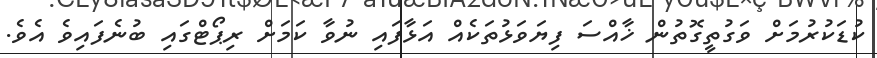
ކުޑަކުރުމަށް ވަގުތީގޮތުން ޚާއްސަ ފިޔަވަޅުތަކެއް އަޅާފައި ނުވާ ކަމަށް ރިޕޯޓްގައި ބުނެފައިވެ އެވެ.